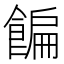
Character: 䭏